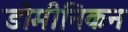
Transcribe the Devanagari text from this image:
डोमीनिकन